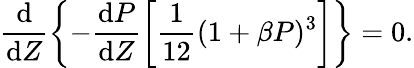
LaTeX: \frac{\mathrm{d}}{\mathrm{d}Z}\left\{ -\frac{\mathrm{d}P}{\mathrm{d}Z}\left[\frac{1}{12}(1+\beta P)^{3}\right]\right\} =0.